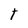
Character: T